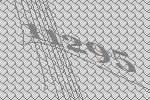
11295